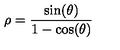
\rho = \frac { \sin ( \theta ) } { 1 - \cos ( \theta ) }